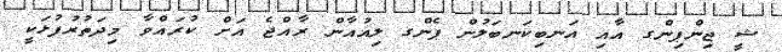
ޝީ ޖިންޕިންގ އާއި އަނބިކަނބަލުން ޕެންގ ލިއުއާން ރާއްޖެ އަށް ކުރައްވާ މިދަތުރުފުޅަކީ